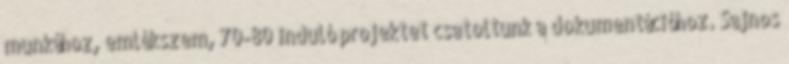
munkához, emlékszem, 70-80 induló projektet csatoltunk a dokumentációhoz. Sajnos